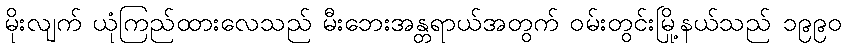
မိုးလျက် ယုံကြည်ထားလေသည် မီးဘေးအန္တရာယ်အတွက် ဝမ်းတွင်းမြို့နယ်သည် ၁၉၉၀